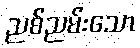
ညစ်ညမ်းသော